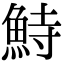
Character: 𩶬